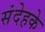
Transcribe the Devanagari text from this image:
संदेहके